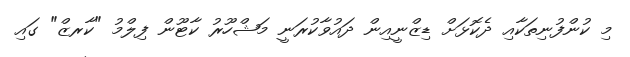
މި ކުންފުނިތަކާއި ދެކޮޅަށް ޑިޒްނީއިން ދައުވާކުރަނީ މަޝްހޫރު ކާޓޫން ފިލްމު "ކާރޒް" ގައި